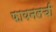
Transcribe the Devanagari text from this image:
फायनलची